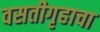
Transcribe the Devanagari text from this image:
वसतीगृहाचा